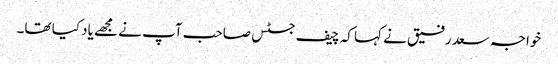
خواجہ سعد رفیق نے کہا کہ چیف جسٹس صاحب آپ نے مجھے یاد کیا تھا۔